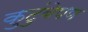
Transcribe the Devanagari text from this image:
कुटुंबेपण